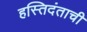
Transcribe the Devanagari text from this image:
हस्तिदंताची